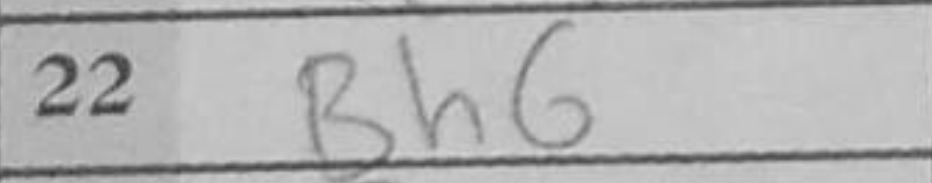
Transcription: Bh6